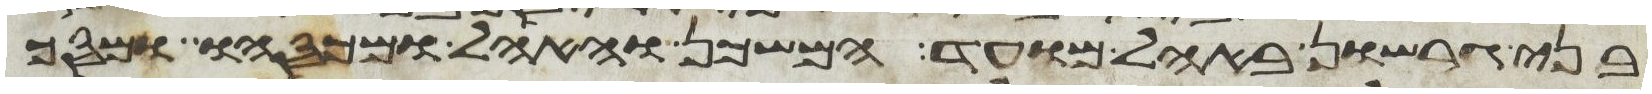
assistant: בני גרשון באהל מועד המשכן והאהל ומכסהו ומסך